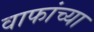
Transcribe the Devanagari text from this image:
वाफांच्या